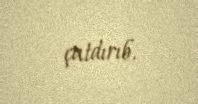
çatdırıb.